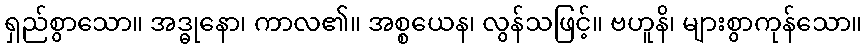
ရှည်စွာသော။ အဒ္ဓုနော၊ ကာလ၏။ အစ္စယေန၊ လွန်သဖြင့်။ ဗဟူနိ၊ များစွာကုန်သော။